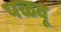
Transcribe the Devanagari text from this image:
पळवू